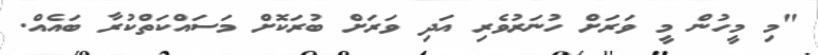
"މި މީހުން މީ ވަރަށް ހުނަރުވެރި އަދި ވަރަށް ބުރަކޮށް މަސައްކަތްކުރާ ބައެއް.